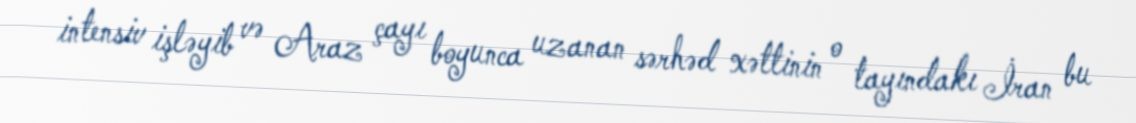
intensiv işləyib və Araz çayı boyunca uzanan sərhəd xəttinin o tayındakı İran bu